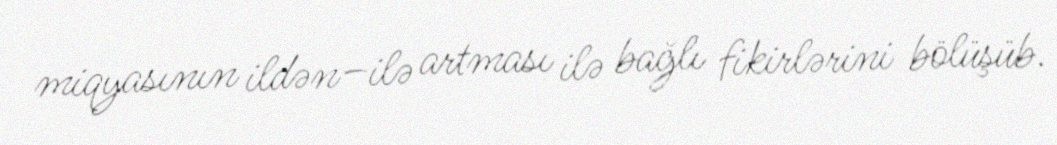
miqyasının ildən–ilə artması ilə bağlı fikirlərini bölüşüb.